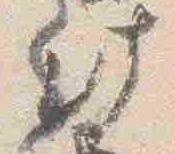
此